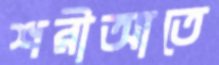
শরীআতে